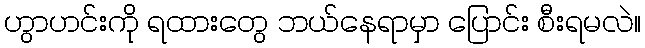
ဟွာဟင်းကို ရထားတွေ ဘယ်နေရာမှာ ပြောင်း စီးရမလဲ။